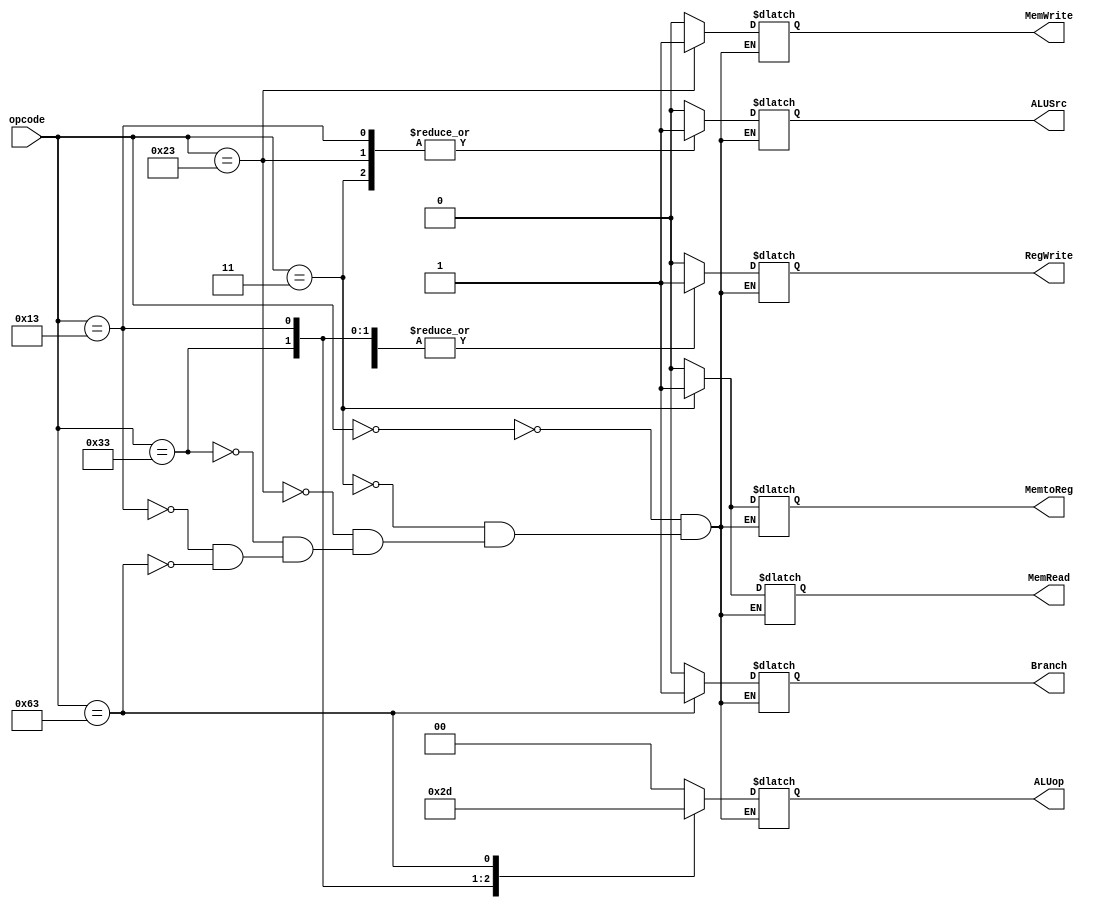
`timescale 1ns / 1ps
//////////////////////////////////////////////////////////////////////////////////
// Company: 
// Engineer: 
// 
// Design Name: 
// Module Name: control_path
// Project Name: 
// Target Devices: 
// Tool Versions: 
// Description: 
// 
// Dependencies: 
// 
// Revision:
// Revision 0.01 - File Created
// Additional Comments:
// 
//////////////////////////////////////////////////////////////////////////////////


module control_path(opcode,Branch,MemRead,MemtoReg,ALUop,MemWrite,ALUSrc,RegWrite);
                    
                    
  input [6:0] opcode;
  output reg MemRead,MemtoReg,MemWrite,RegWrite,Branch,ALUSrc;
  output reg [1:0] ALUop;
                    
always@(opcode) begin
    casex({opcode})
      7'b0000000: {ALUSrc,MemtoReg,RegWrite,MemRead,MemWrite,Branch,ALUop} <= 8'b00000000; //nop from ISA
      7'b0000011: {ALUSrc,MemtoReg,RegWrite,MemRead,MemWrite,Branch,ALUop} <= 8'b11110000; //lw load
      7'b0100011: {ALUSrc,MemtoReg,RegWrite,MemRead,MemWrite,Branch,ALUop} <= 8'b10001000; //sw store
      7'b0110011: {ALUSrc,MemtoReg,RegWrite,MemRead,MemWrite,Branch,ALUop} <= 8'b00100010; //R32-format   R-type
      7'b0010011: {ALUSrc,MemtoReg,RegWrite,MemRead,MemWrite,Branch,ALUop} <= 8'b10100011; //Register32-Immediate Arithmetic Instructions  I-type
      7'b1100011: {ALUSrc,MemtoReg,RegWrite,MemRead,MemWrite,Branch,ALUop} <= 8'b00000101; //branch instructions  B-type
    endcase
end
endmodule